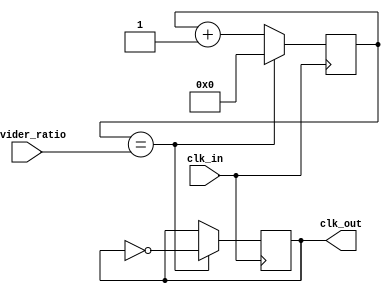
module fractional_clock_divider (
    input wire clk_in, // input clock signal
    input wire[7:0] divider_ratio, // fractional division ratio
    output wire clk_out // divided clock signal
);

reg [7:0] count; // counter for fractional division ratio
reg clk_out_reg; // register for divided clock signal

always @(posedge clk_in) begin
    count <= count + 1;
    if(count == divider_ratio) begin
        count <= 0;
        clk_out_reg <= ~clk_out_reg;
    end
end

assign clk_out = clk_out_reg;

endmodule